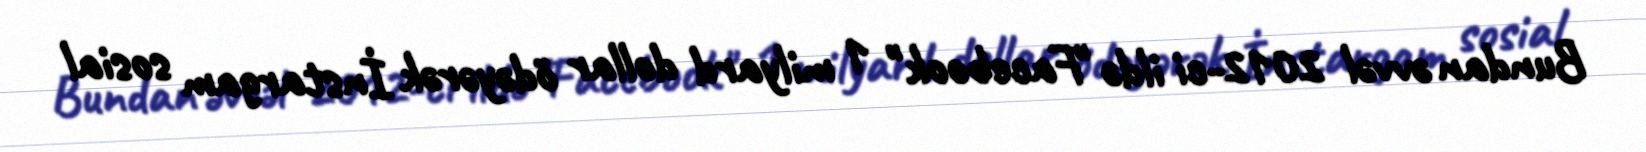
Bundan əvvəl 2012-ci ildə "Facebook" 1 milyard dollar ödəyərək İnstargam sosial